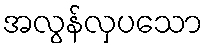
အလွန်လှပသော